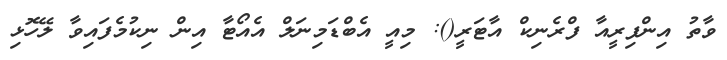
ވާތު އިންފިރީއާ ފްރެނިކް އާޓަރީ(): މިއީ އެބްޑަމިނަލް އެއޯޓާ އިން ނިކުމެފައިވާ ލޭހޮޅި